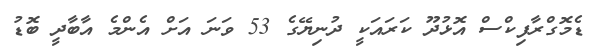
ޑެމޮގްރާފިކްސް އޮޅުދޫ ކަރައަކީ ދުނިޔޭގެ 53 ވަނަ އަށް އެންމެ އާބާދީ ބޮޑު